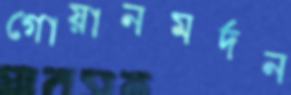
গোয়ানমর্দন